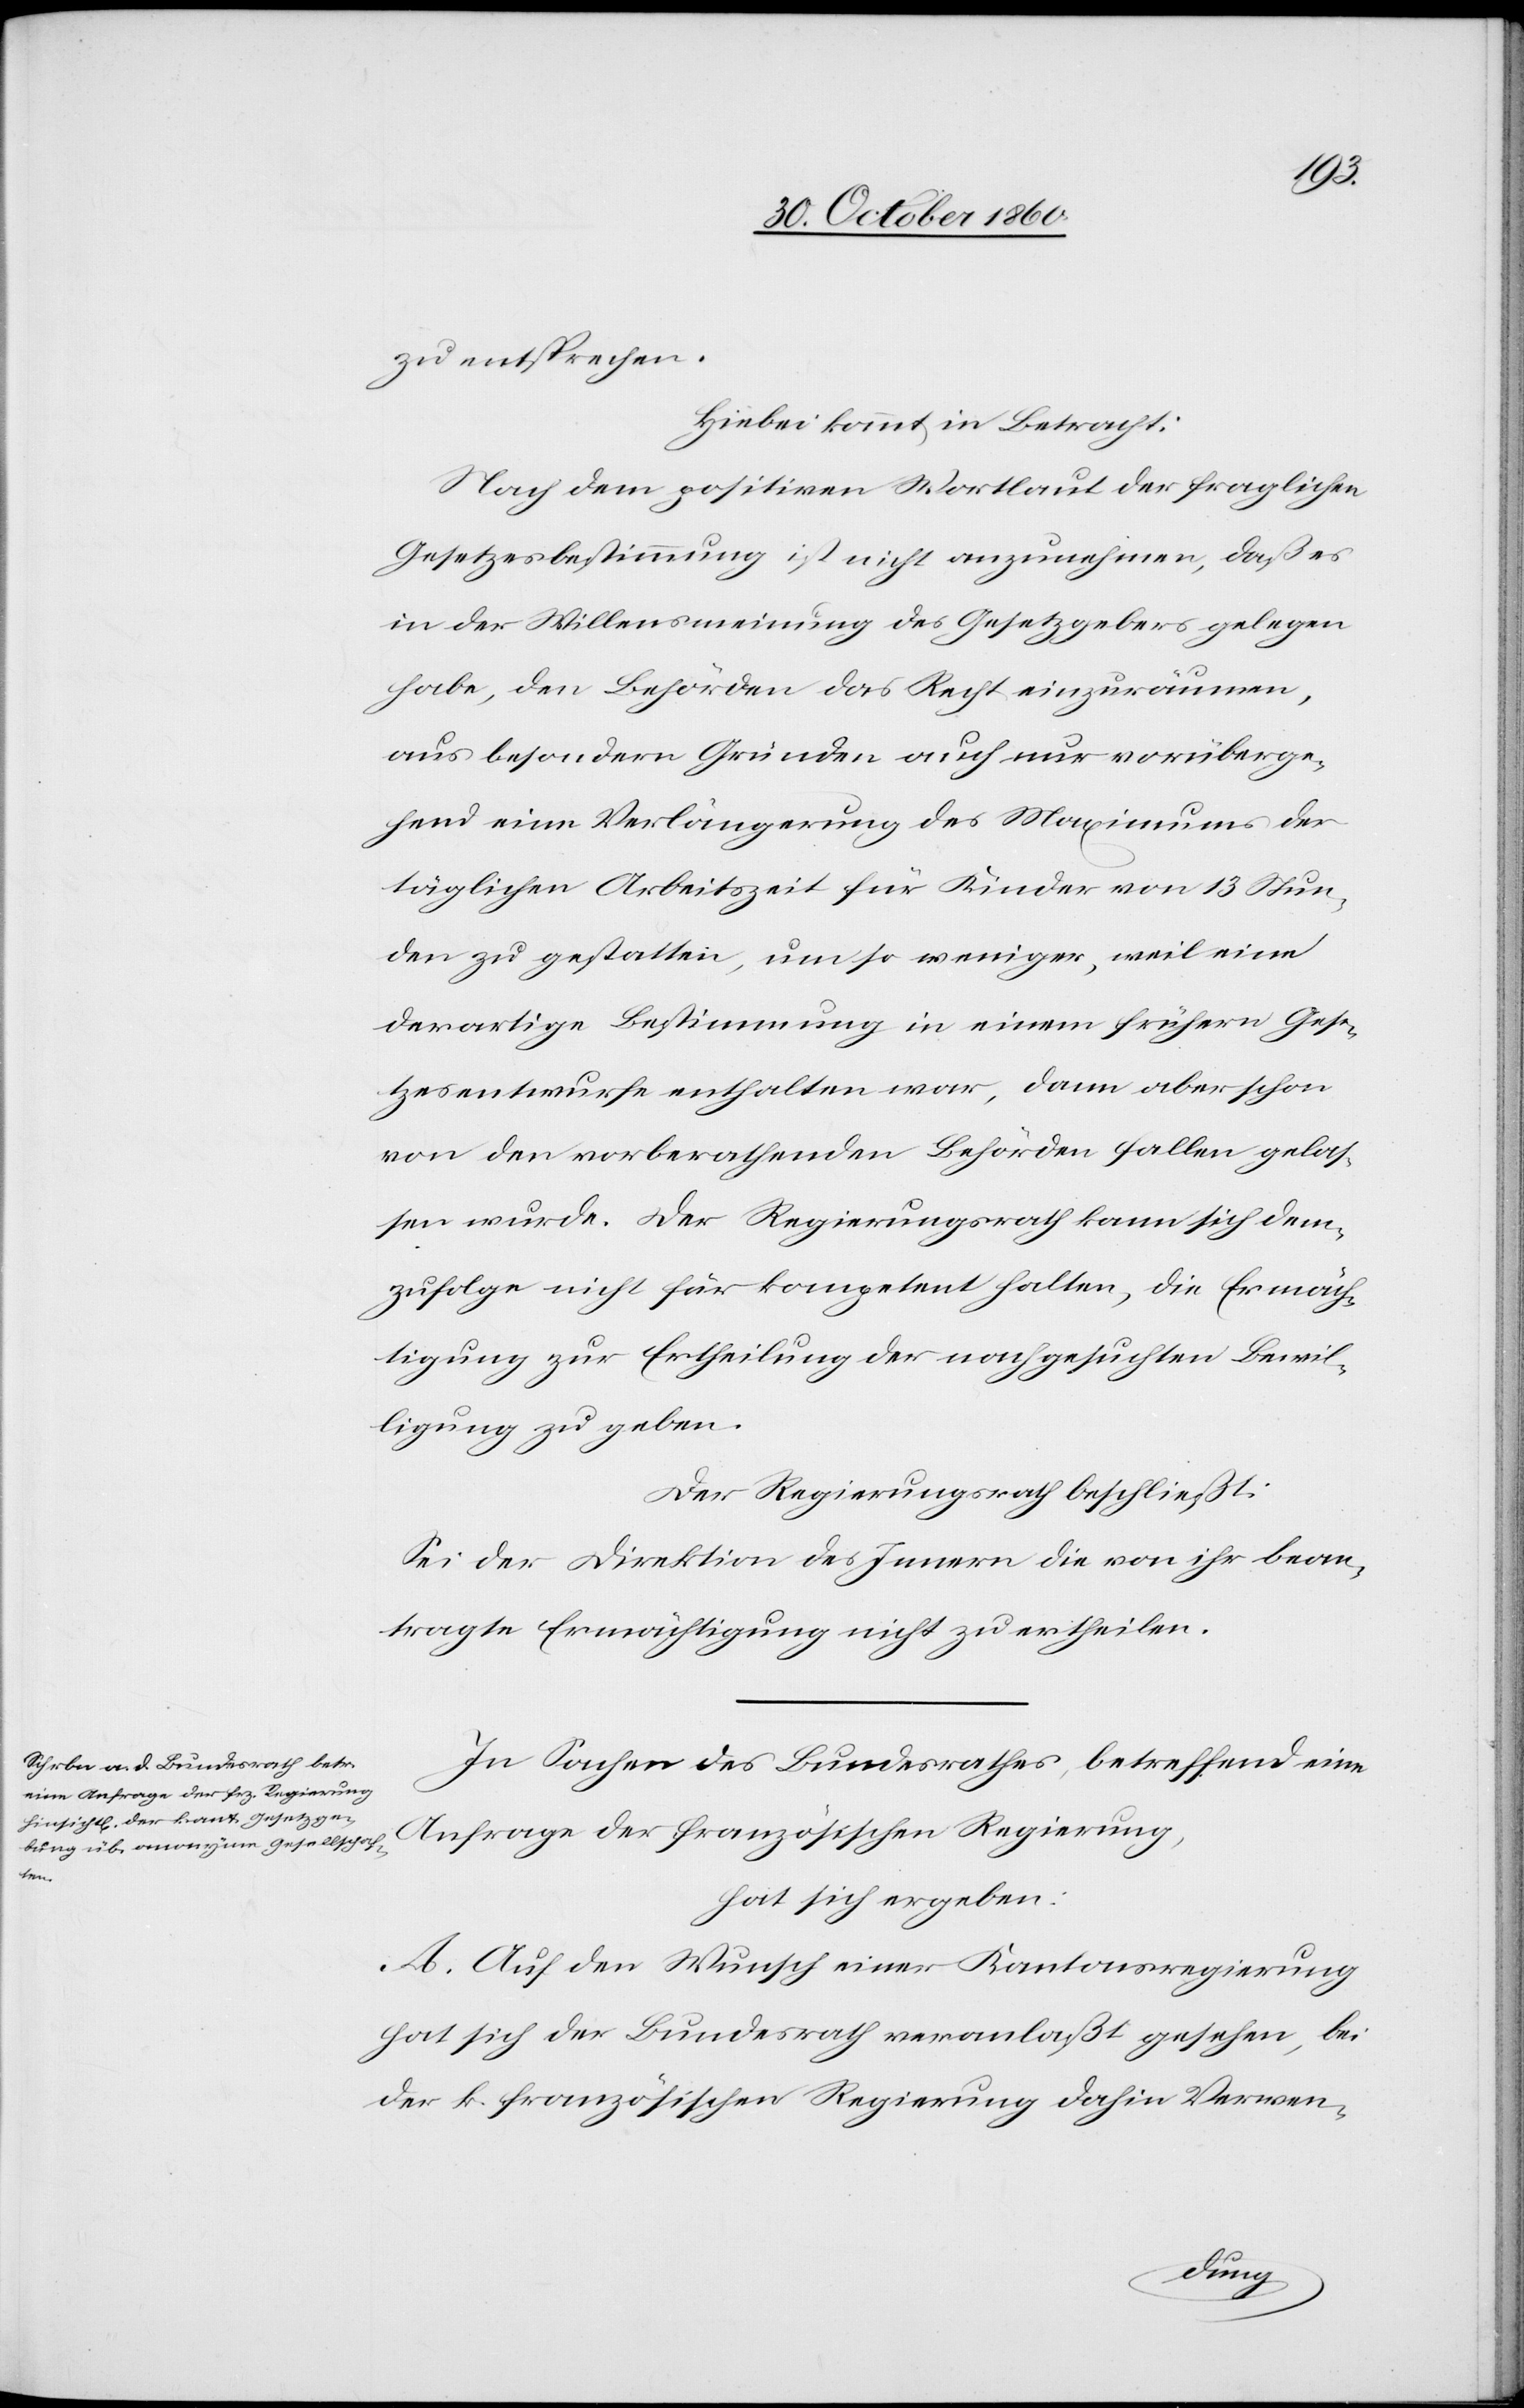
zu entsprechen.
Hiebei kommt in Betracht:
Nach dem positiven Wortlaut der fraglichen
Gesetzesbestimmung ist nicht anzunehmen, daß es
in der Willensmeinung des Gesetzgebers gelegen
habe, den Behörden das Recht einzuräumen,
aus besondern Gründen auch nur vorüberge¬
hend eine Verlängerung des Maximums der
täglichen Arbeitszeit für Kinder von 13 Stun¬
den zu gestatten, um so weniger, weil eine
derartige Bestimmung in einem frühern Gese¬
tzesentwurfe enthalten war, dann aber schon
von den vorberathenden Behörden fallen gelas¬
sen wurde. Der Regierungsrath kann sich dem¬
zufolge nicht für kompetent halten, die Ermäch¬
tigung zur Ertheilung der nachgesuchten Bewil¬
ligung zu geben.
Der Regierungsrath beschließt:
Sei der Direktion des Innern die von ihr bean¬
tragte Ermächtigung nicht zu ertheilen.
In Sachen des Bundesrathes, betreffend eine
Anfrage der französischen Regierung,
hat sich ergeben:
A. Auf den Wunsch einer Kantonsregierung
hat sich der Bundesrath veranlaßt gesehen, bei
der k. französischen Regierung dahin Verwen-